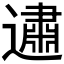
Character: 𰻕